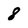
Character: 8